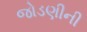
જોડણીની